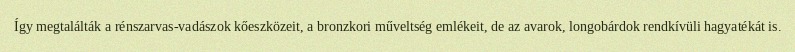
Így megtalálták a rénszarvas-vadászok kőeszközeit, a bronzkori műveltség emlékeit, de az avarok, longobárdok rendkívüli hagyatékát is.